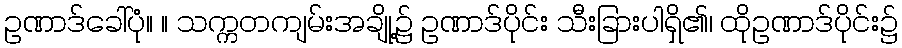
ဥဏာဒ်ခေါ်ပုံ။ ။ သက္ကတကျမ်းအချို့၌ ဥဏာဒ်ပိုင်း သီးခြားပါရှိ၏၊ ထိုဥဏာဒ်ပိုင်း၌